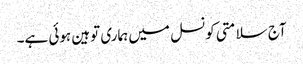
آج سلامتی کونسل میں ہماری توہین ہوئی ہے۔